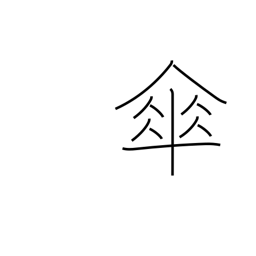
Meaning: umbrella